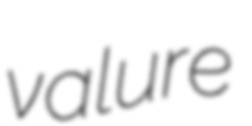
valure